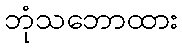
ဘုံသဘောထား